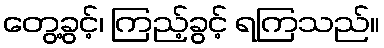
တွေ့ခွင့်၊ ကြည့်ခွင့် ရကြသည်။